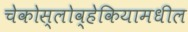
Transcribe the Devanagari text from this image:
चेकोस्लोव्हेकियामधील